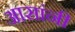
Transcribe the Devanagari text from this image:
आसांनी